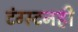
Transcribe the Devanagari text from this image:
टंग्स्टनही